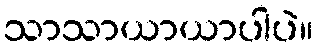
သာသာယာယာပါပဲ။